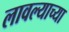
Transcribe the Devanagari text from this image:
लावल्याच्या